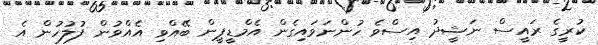
ކުރީގެ ރައީސް ނަޝީދު އިސްވެ ހުންނަވައިގެން އެމްޑީޕީން ބޭއްވި އެއްވުން ފުލުހުން އެ